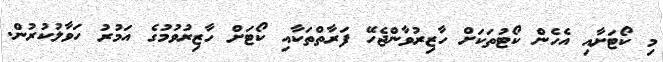
މި ކޯޓަށާއި އެހެން ކޯޓުތަކަށް ހާޒިރުވާންޖެހޭ ފަރާތްތަކާއި ކޯޓަށް ހާޒިރުވުމުގެ އަމުރު ހަވާލުކުރުން.